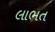
લાભત